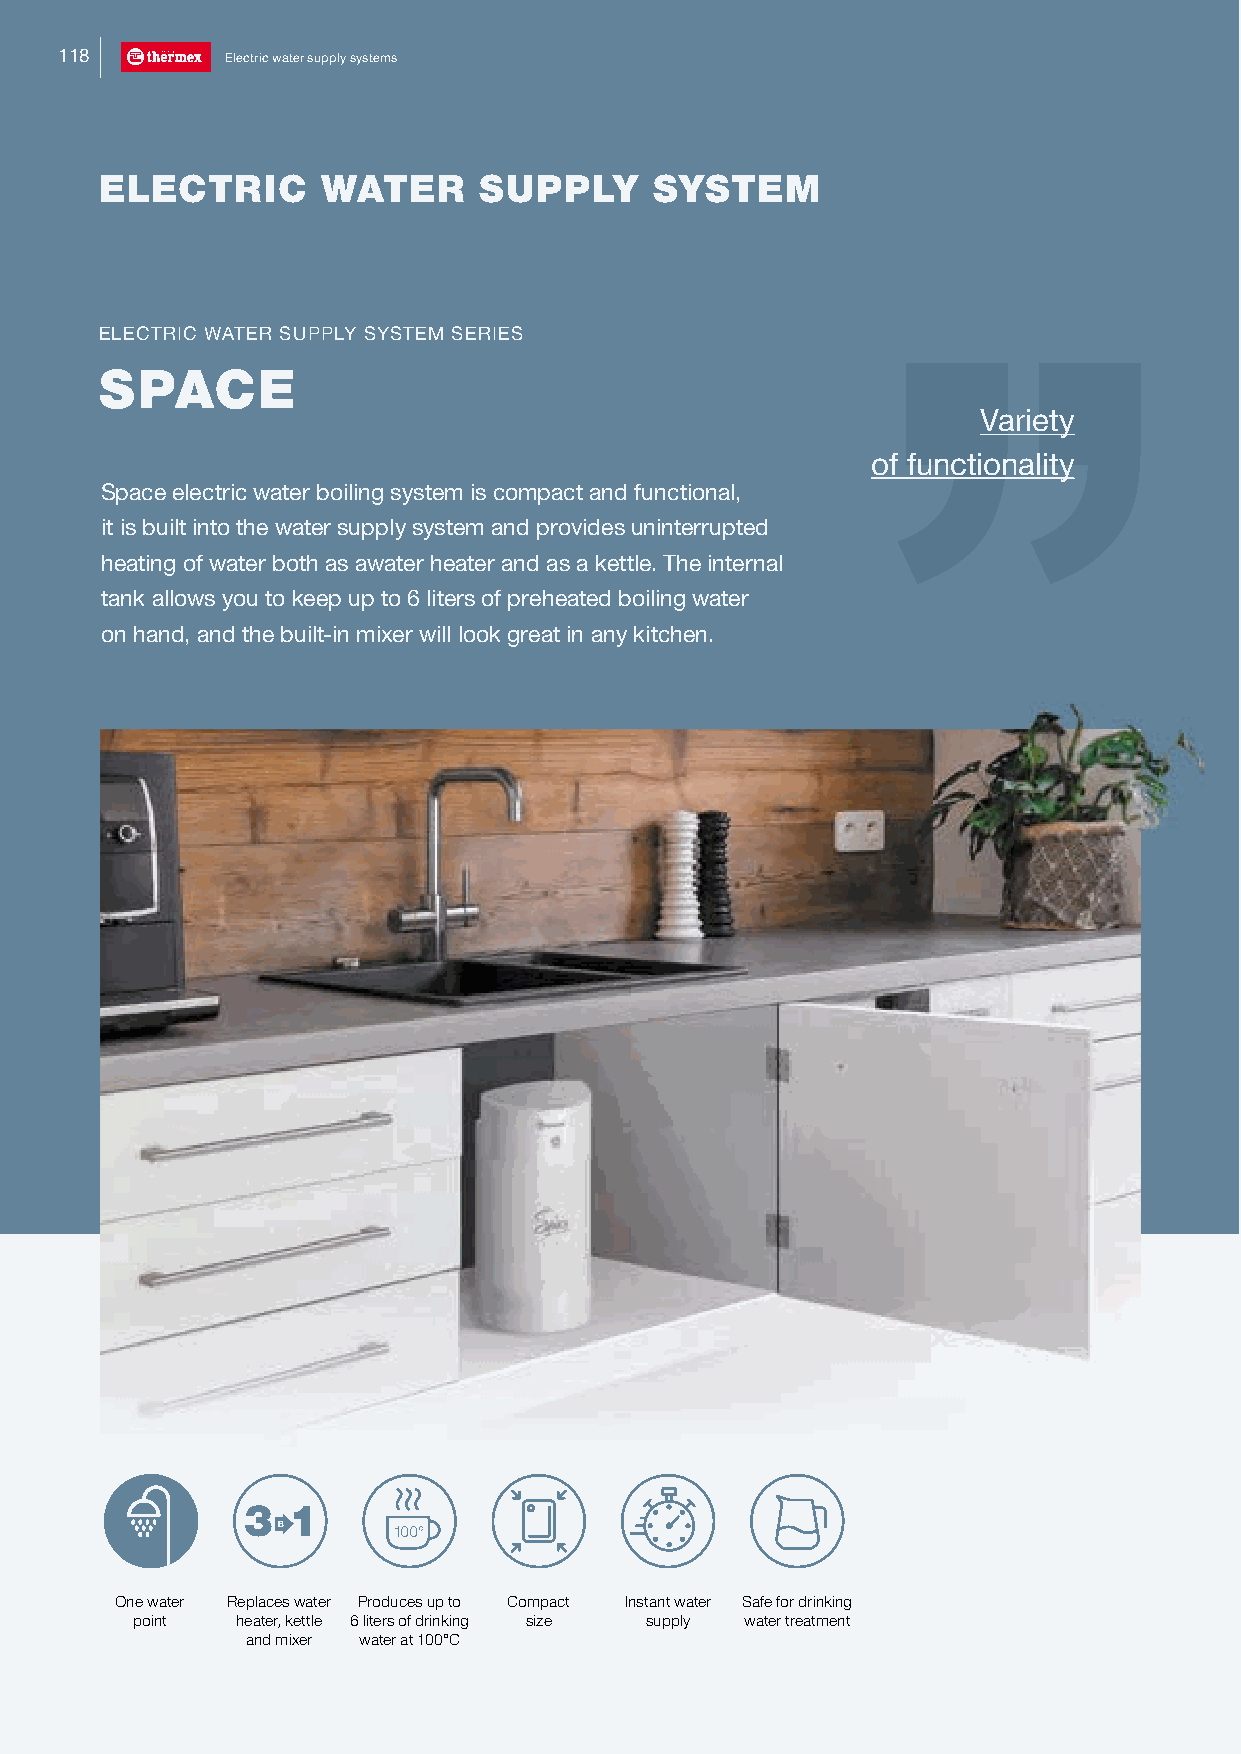
118        Electric water supply systems
 ELECTRIC      WATER      SUPPLY     SYSTEM
 ELECTRIC WATER SUPPLY SYSTEM SERIES
 SPACE
 Variety
 of functionality
 Space electric water boiling system is compact and functional,
 it is built into the water supply system and provides uninterrupted
 heating of water both as awater heater and as a kettle. The internal
 tank allows you to keep up to 6 liters of preheated boiling water
 on hand, and the built-in mixer will look great in any kitchen.
 One water Replaces water Produces up to Compact Instant water Safe for drinking
 point  heater, kettle 6 liters of drinking size supply water treatment
 and mixer water at 100°C